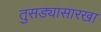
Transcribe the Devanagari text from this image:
तुसड्यासारखा